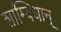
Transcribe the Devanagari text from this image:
शाॅम्बिधान्